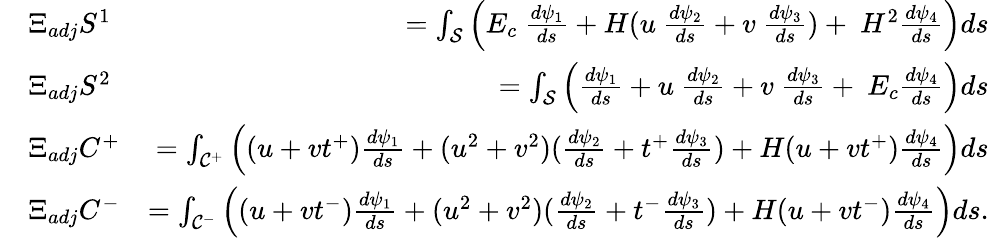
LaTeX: \begin{array}{rlr}&{\Xi_{adj}S^{1}}&{=\int_{\cal S}\left(E_{c}~\frac{d\psi_{1}}{ds}+H(u~\frac{d\psi_{2}}{ds}+v~\frac{d\psi_{3}}{ds})+~H^{2}\frac{d\psi_{4}}{ds}\right)ds}\\ &{\Xi_{adj}S^{2}}&{=\int_{\cal S}\left(\frac{d\psi_{1}}{ds}+u~\frac{d\psi_{2}}{ds}+v~\frac{d\psi_{3}}{ds}+~E_{c}\frac{d\psi_{4}}{ds}\right)ds}\\ &{\Xi_{adj}C^{+}}&{=\int_{{\cal C}^{+}}\left((u+vt^{+})\frac{d\psi_{1}}{ds}+(u^{2}+v^{2})(\frac{d\psi_{2}}{ds}+t^{+}\frac{d\psi_{3}}{ds})+H(u+vt^{+})\frac{d\psi_{4}}{ds}\right)ds}\\ &{\Xi_{adj}C^{-}}&{=\int_{{\cal C}^{-}}\left((u+vt^{-})\frac{d\psi_{1}}{ds}+(u^{2}+v^{2})(\frac{d\psi_{2}}{ds}+t^{-}\frac{d\psi_{3}}{ds})+H(u+vt^{-})\frac{d\psi_{4}}{ds}\right)ds.}\end{array}